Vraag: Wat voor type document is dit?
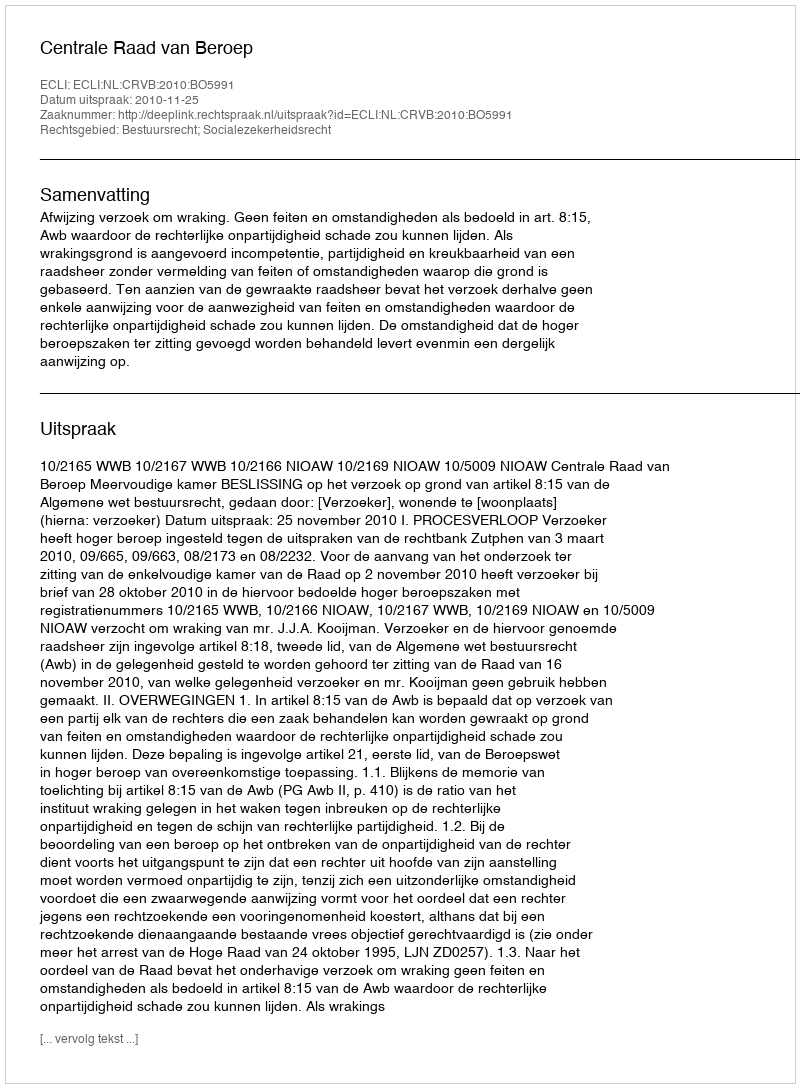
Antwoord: Uitspraak